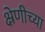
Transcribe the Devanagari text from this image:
क्ष्रेणीच्या